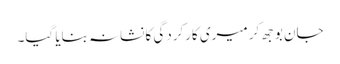
جان بوجھ کر میری کارکردگی کا نشانہ بنایا گیا۔